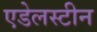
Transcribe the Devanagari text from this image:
एडेलस्टीन